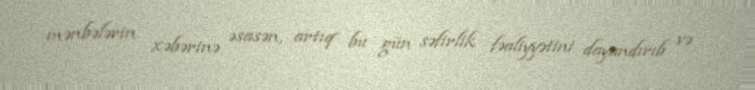
mənbələrin xəbərinə əsasən, artıq bu gün səfirlik fəaliyyətini dayandırıb və